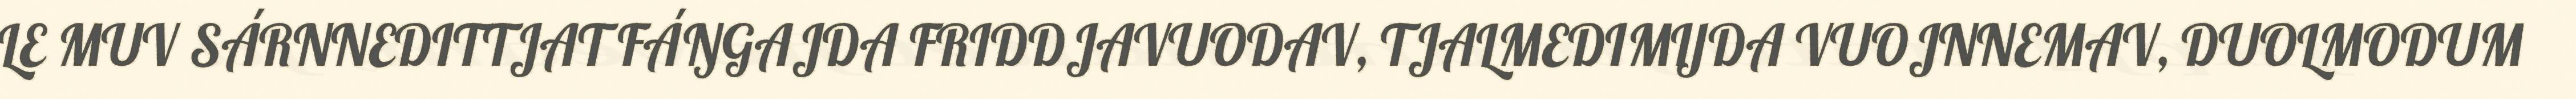
LE MUV SÁRNNEDITTJAT FÁŊGAJDA FRIDDJAVUODAV, TJALMEDIMIJDA VUOJNNEMAV, DUOLMODUM